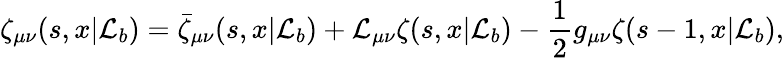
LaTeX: \zeta_{\mu\nu}(s,x|\mathcal{L}_{b})=\bar{{\zeta}}_{\mu\nu}(s,x|\mathcal{L}_{b})+\mathcal{L}_{\mu\nu}\zeta(s,x|\mathcal{L}_{b})-{\frac{{1}}{{2}}}g_{\mu\nu}\zeta(s-1,x|\mathcal{L}_{b}),